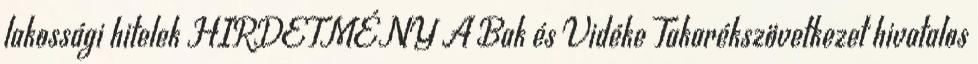
lakossági hitelek HIRDETMÉNY A Bak és Vidéke Takarékszövetkezet hivatalos